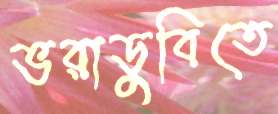
ভরাডুবিতে